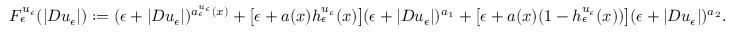
F _ { \epsilon } ^ { u _ { \epsilon } } ( | D u _ { \epsilon } | ) : = ( \epsilon + | D u _ { \epsilon } | ) ^ { a _ { \epsilon } ^ { u _ { \epsilon } } ( x ) } + \big [ \epsilon + a ( x ) h _ { \epsilon } ^ { u _ { \epsilon } } ( x ) \big ] ( \epsilon + | D u _ { \epsilon } | ) ^ { a _ { 1 } } + \big [ \epsilon + a ( x ) ( 1 - h _ { \epsilon } ^ { u _ { \epsilon } } ( x ) ) \big ] ( \epsilon + | D u _ { \epsilon } | ) ^ { a _ { 2 } } .